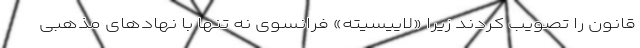
قانون را تصویب کردند زیرا «لاییسیته» فرانسوی نه تنها با نهادهای مذهبی